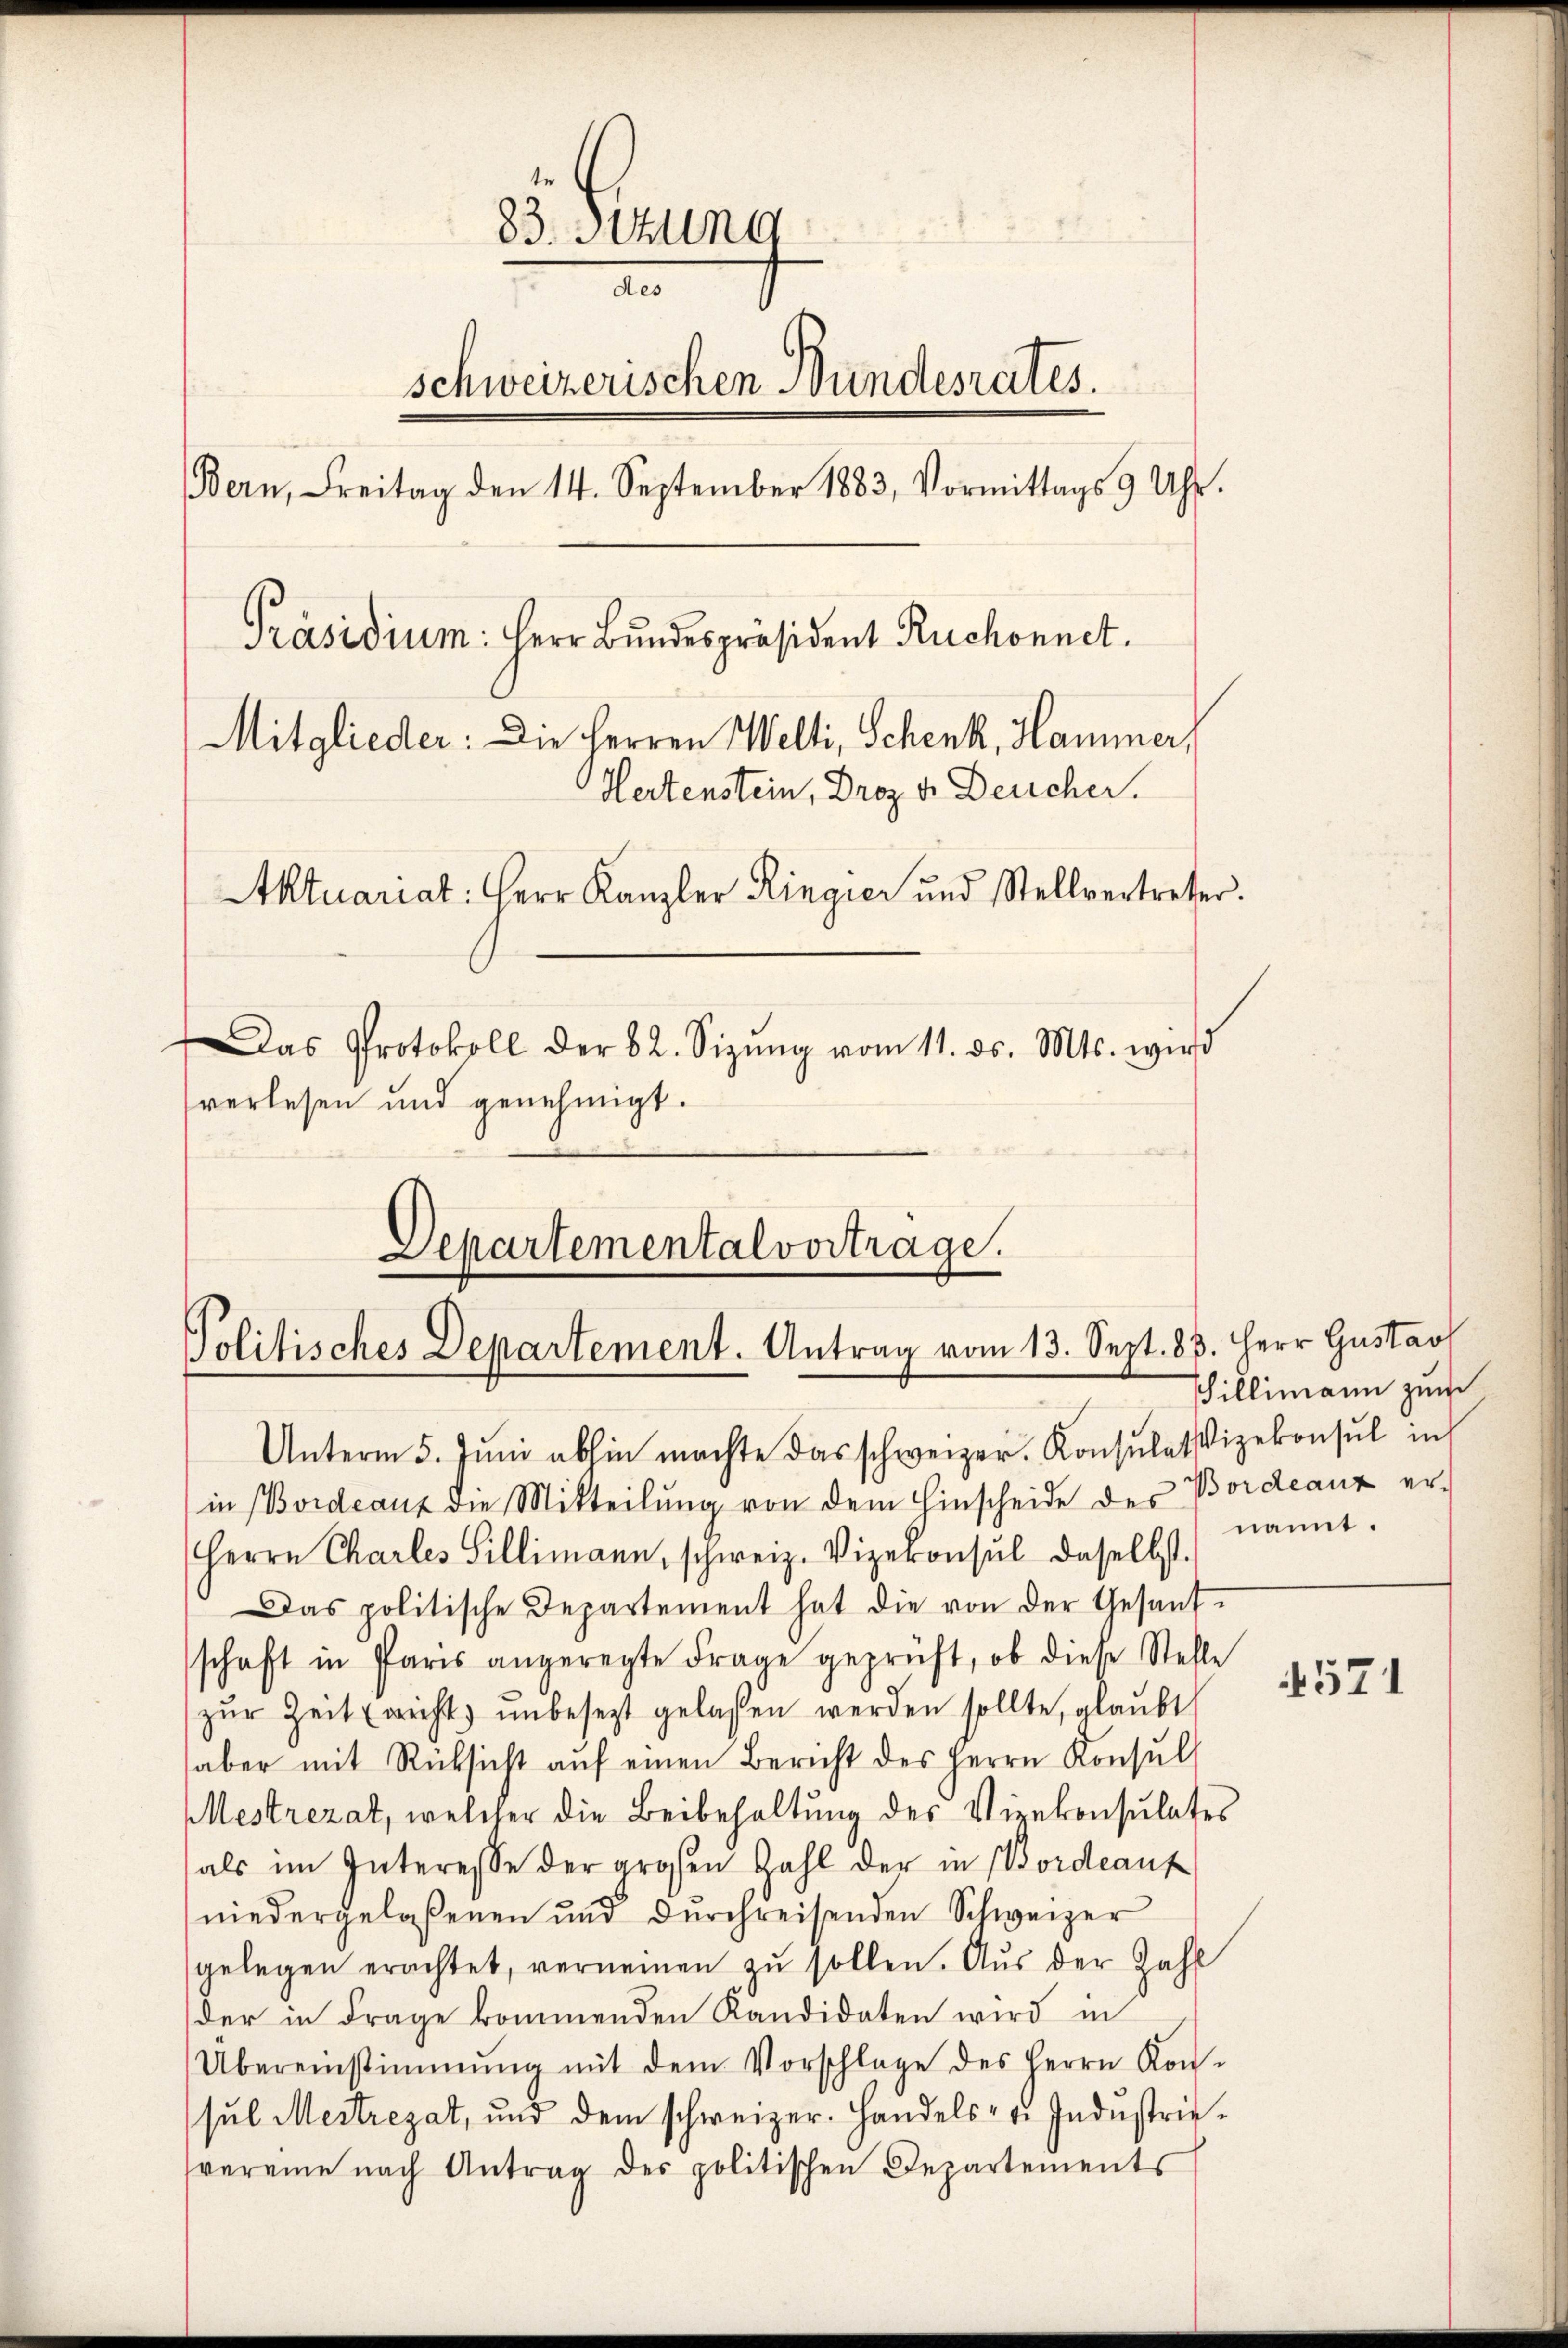
83. Sitzung
de
schweizerischen Bundesrates.
Bern, Freitag den 14. September 1883, Vormittags 9 Uhr.
Präsidium: Herr Bundespräsident Ruchonnet.
Mitglieder: Die Herren Welti, Schenk, Hammer,
Hertenstein, Droz. v. Deucher.
Aktuariat: Herr Kanzler Ringier und Stellvertreter.
Das Protokoll der 82. Sizŭng vom 11. ds. Mts. wird
verlesen und genehmigt.

Unterm 5. Jŭni abhin machte das schweizer. Konsulatizekonsul in
in Bordeaux die Mitteilŭng von dem Hinscheide des Bordeauz er-
Herrn Charles Sillimann, schweiz. Vizekonsul daselbst.
Das politische Departement hat die von der Gesant-
schaft in Paris angeregte Frage geprüft, ob diese Stelle
zŭr Zeit (nicht ŭnbesezt gelassen werden sollte, glaŭbt
aber mit Rücksicht aŭf einen Bericht des Herrn Konsŭl
Mestrezat, welcher die Beibehaltung des Vizekonsulates
als im Interesse der großen Zahl der in Bordeauf
niedergelaßenen und dŭrchreisenden Schweizer
gelegen erachtet, verneinen zu sollen. Aus der Zahl
der in Frage kommenden Kandidaten wird in
Übereinstimmung mit dem Vorschlage des Herrn Kon-
sul Mestregat, und dem schweizer. Handels- u. Industriesvereine nach Antrag des politischen Departements

Departemental vorträge.
Politisches Departement. Antrag vom 13. Sept. 83. Herr Gustav

Tillimann zum
nannt.

571